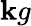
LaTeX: \mathbf{k}g